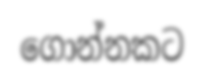
ගොන්නකට